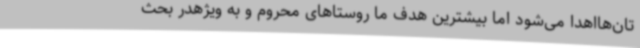
تان‌هااهدا می‌شود اما بیشترین هدف ما روستاهای محروم و به ویژهدر بحث